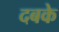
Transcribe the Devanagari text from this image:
दबके